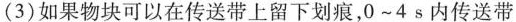
(3)如果物块可以在传送带上留下划痕，0~4s内传送带